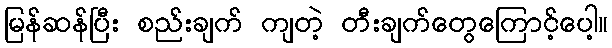
မြန်ဆန်ပြီး စည်းချက် ကျတဲ့ တီးချက်တွေကြောင့်ပေါ့။